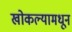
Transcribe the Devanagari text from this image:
खोकल्यामधून